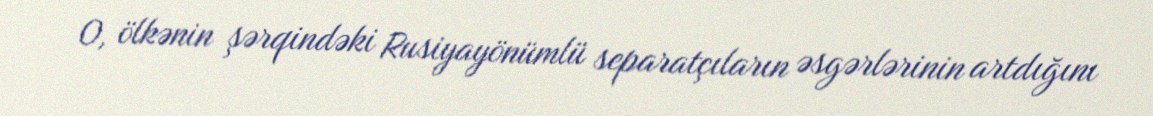
O, ölkənin şərqindəki Rusiyayönümlü separatçıların əsgərlərinin artdığını